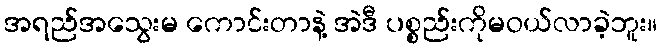
အရည်အသွေးမ ကောင်းတာနဲ့ အဲဒီ ပစ္စည်းကိုမဝယ်လာခဲ့ဘူး။